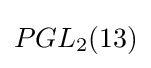
PGL_{2}(13)